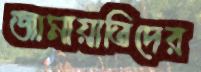
জামায়াতিদের